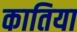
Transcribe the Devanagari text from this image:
कातिया